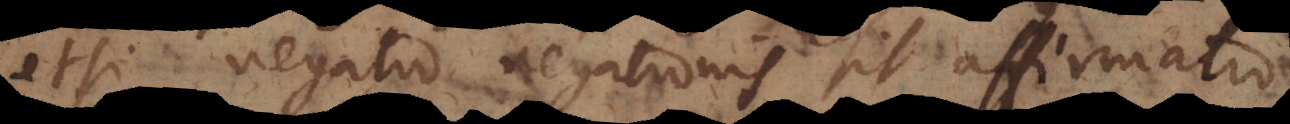
etsi negatio negationis sit affirmatio,